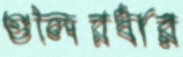
গুলিরধার